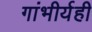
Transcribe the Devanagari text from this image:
गांभीर्यही